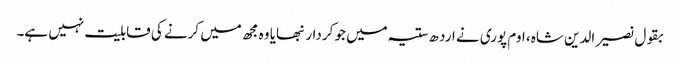
بقول نصیر الدین شاہ، اوم پوری نے ارد ھ ستیہ میں جو کردار نبھایا وہ مجھ میں کرنے کی قابلیت نہیں ہے۔